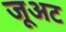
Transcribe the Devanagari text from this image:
जूअट